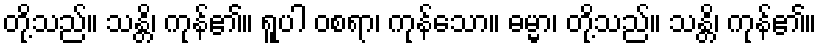
တို့သည်။ သန္တိ၊ ကုန်၏။ ရူပါ ဝစရာ၊ ကုန်သော။ ဓမ္မာ၊ တို့သည်။ သန္တိ၊ ကုန်၏။